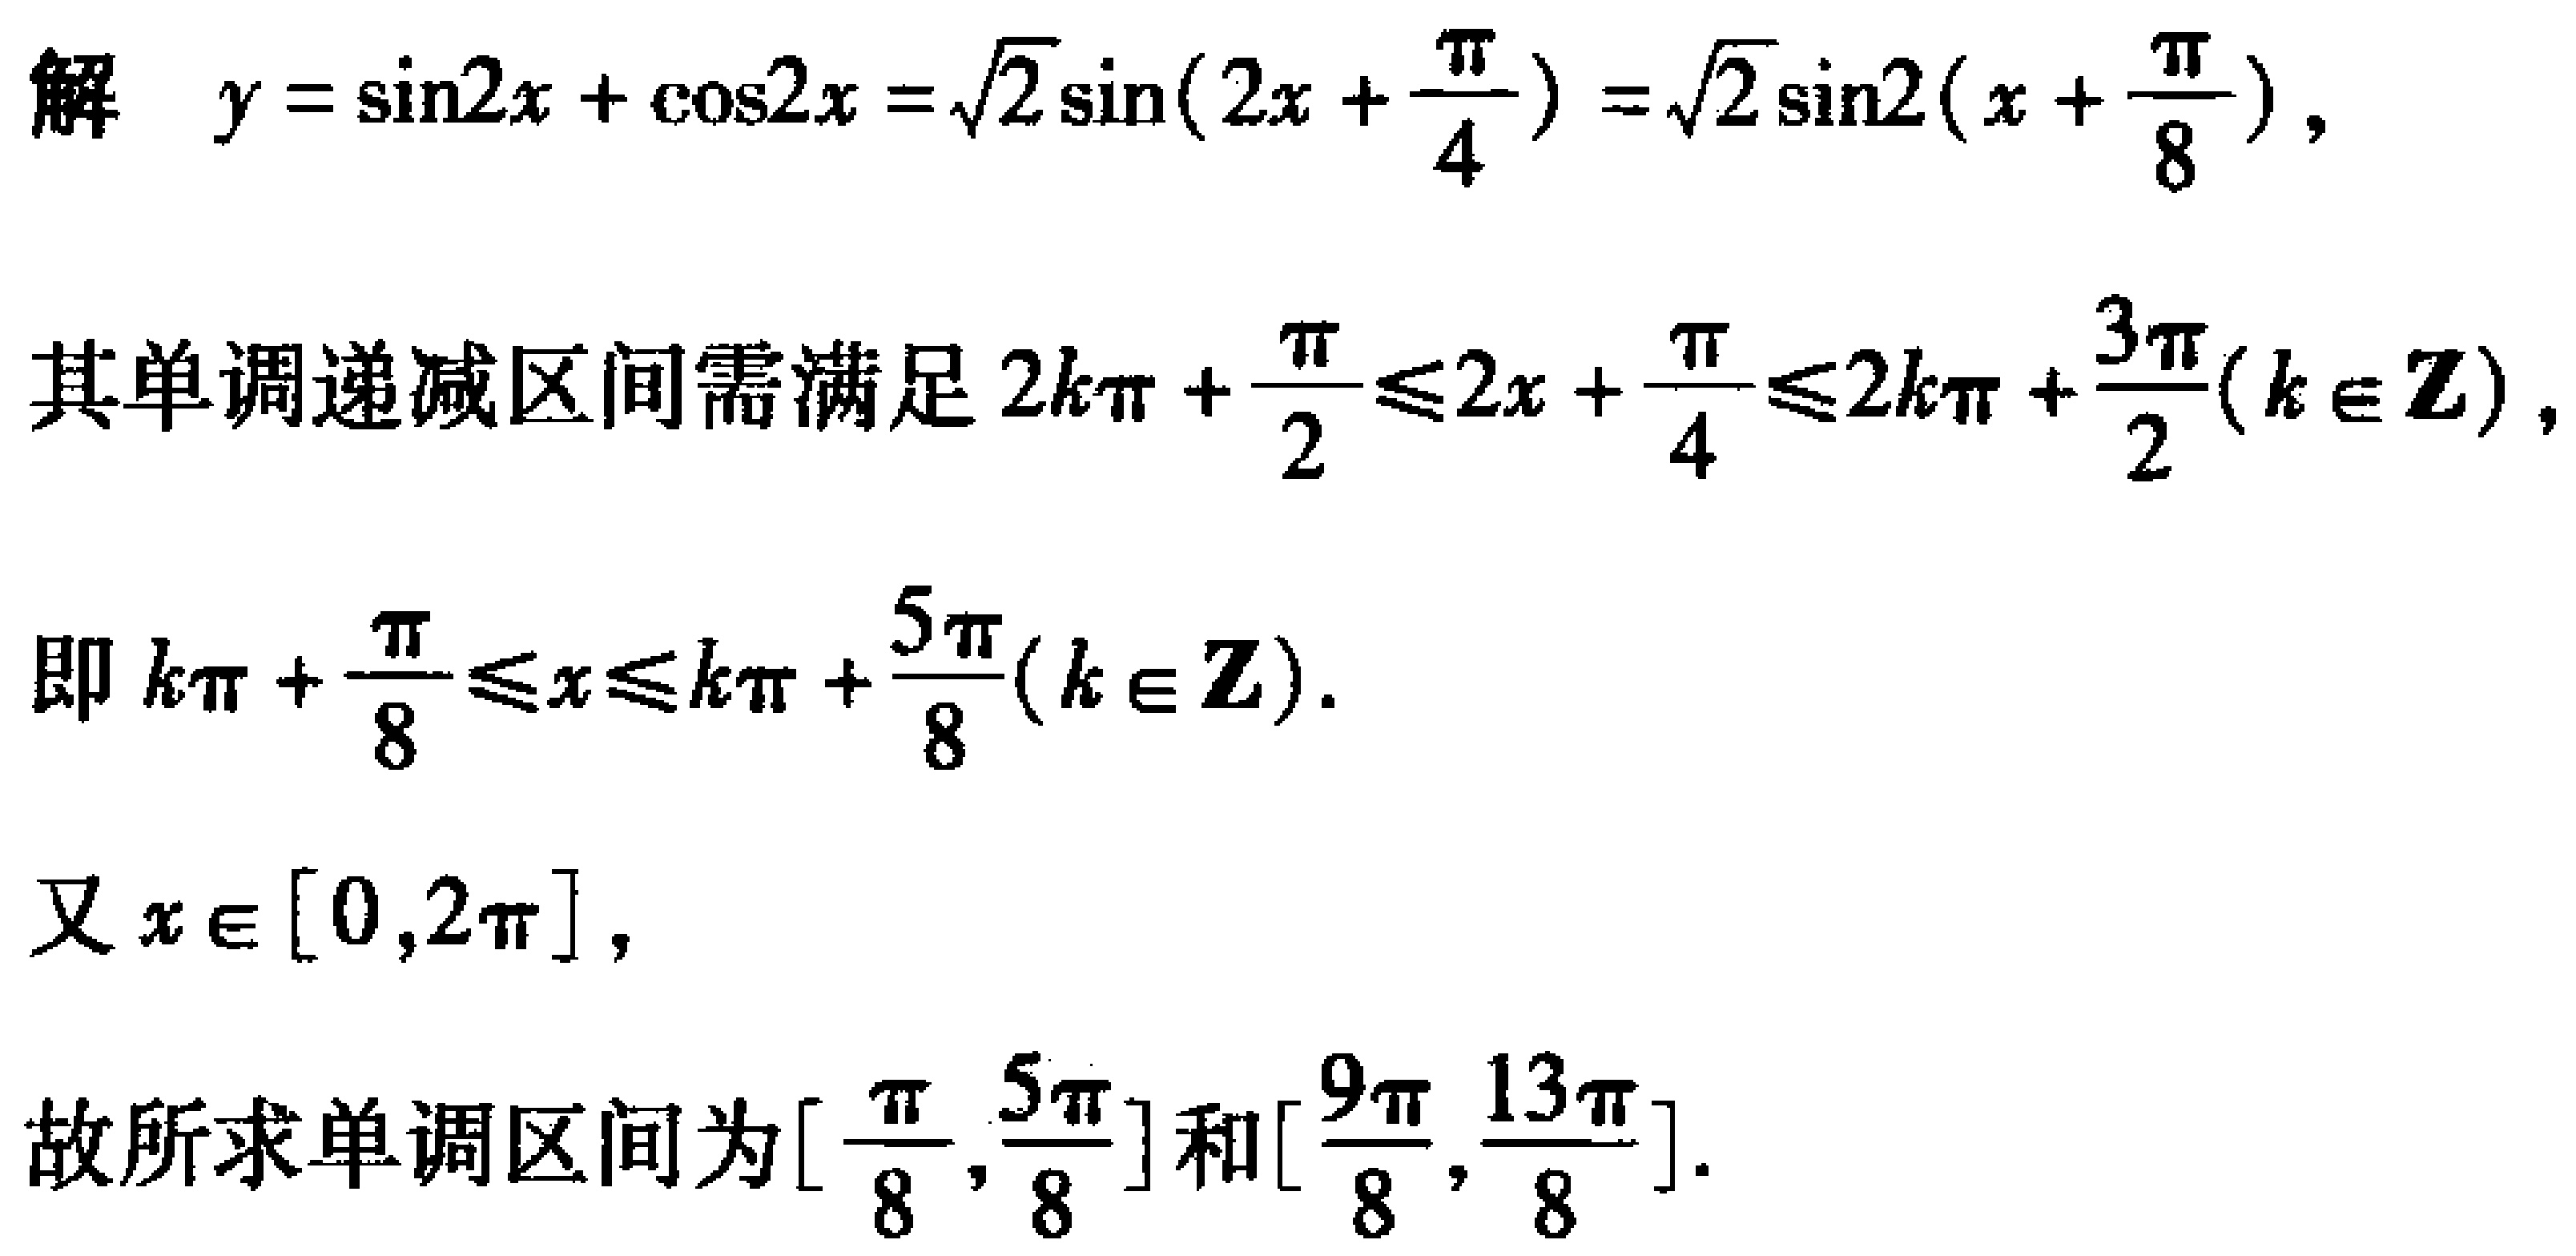
解 \(y = \sin2x+\cos2x=\sqrt{2}\sin(2x + \frac{\pi}{4})=\sqrt{2}\sin2(x+\frac{\pi}{8})\)，
其单调递减区间需满足 \(2k\pi+\frac{\pi}{2}\leq2x+\frac{\pi}{4}\leq2k\pi+\frac{3\pi}{2}(k\in\mathbf{Z})\)，
即 \(k\pi+\frac{\pi}{8}\leq x\leq k\pi+\frac{5\pi}{8}(k\in\mathbf{Z})\)。
又 \(x\in[0,2\pi]\)，
故所求单调区间为\([\frac{\pi}{8},\frac{5\pi}{8}]\)和\([\frac{9\pi}{8},\frac{13\pi}{8}]\)。